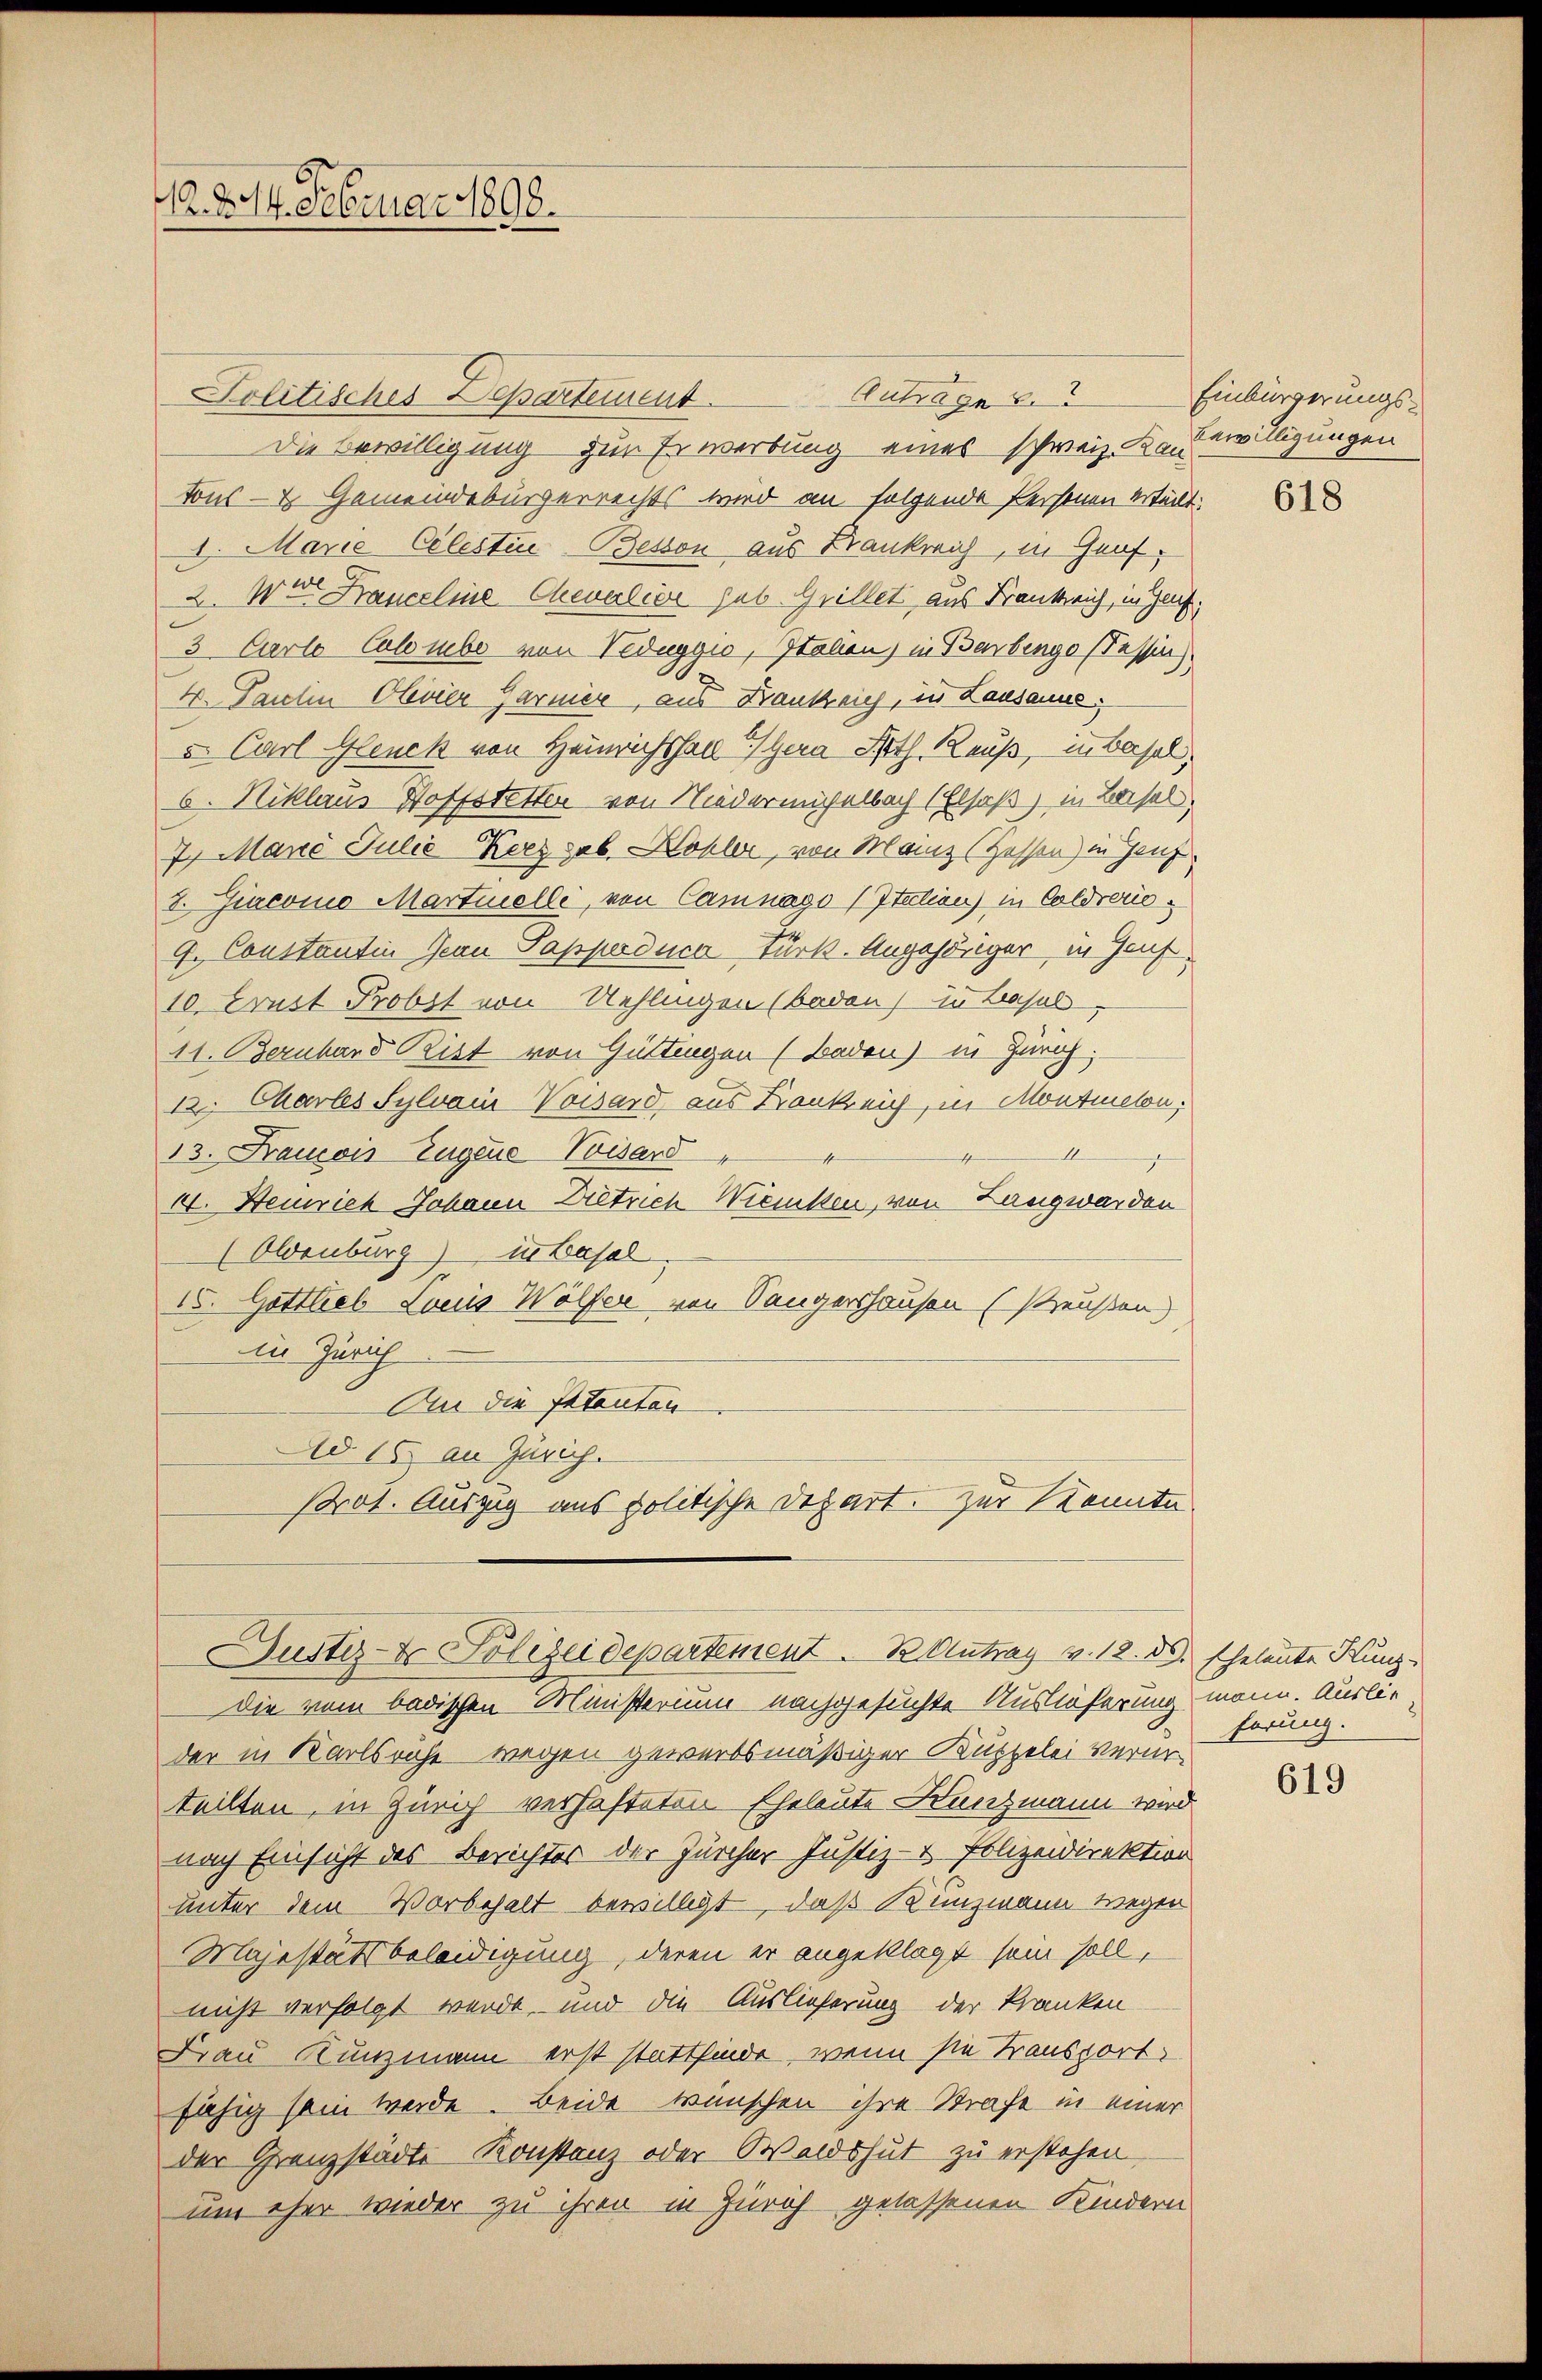
M. 214. Februar 1898.

Antrage
Politisches Departement
Die Bewilligung zur Erwerbung eines schweiz. Kr. Bewilligungen
tons- & Gemeindebürgerrechts wird an folgende Personen erteilt:
1. Marie Celestine Beston aus Krankreich, in Graf,
2. Wir Franceline Chevalier sub. Grillet aus Frankreich, in Gauf¬
3 Carlo Culorube von Veduggio, Staben) in Barbengo (Tessin)
4. Paulin Olevier Garner, aus Bankreich, in Lausanne.
v. Carl Glenck von Heinrichshall gern Noth. Reuß, in Basel,
6. Niklaus Hoffstetten von Nieder michelbach (Elsaß) in Basel
7. Manc Julie Kerez sub. Kohler, von Manz (Zessen) in Genz
I. Giacomo Martielli, von Camnago (Itation) in Coldverio¬
9. Constantin Jean Papperduen Türk. Angehöriger in Genf
10. Brust Probst von Uehlingen (Baden) in Basel,
11. Berubard Ritt von Güttingen (Baden) in Zürich.
12. Charles Sylvan Vorsard aus Konkreich, in Montmelon
1
13. Francois Eugene Visard
I. Henrich Johann Dietrich Wienissen, von Langwerden
(Oldenburg) in Basel
15. Gottlieb Louis Wölfer von Sängershausen (Preußen.
in Zürich
An die Patenten
Ad 15. an Zürich.
Prot. Auszug aus politische Depart. Zur Kennte

Die vom badischen Ministerium nachgesuchte Auslieferung mann. Auslie
der in Karlsruhe wegen gewerbsmäßiger Kuppelei Verurteilten, in Zürich verhafteten Eheleute Kunzmann wird
nach Einsicht des Berichtes der Zürcher Justiz- & Polizeidirektion
unter dem Vorbehalt bewilligt, daß Kunzmann wegen
Majestätsbeleidigung, deren er angeklagt sein soll,
nicht verfolgt werde, und die Auslieferung der kranken
Frau Kunzmann erst stattfinde, wenn sie Transport
fähig sein werde. Beide wünschen ihre Strafe in einer
der Grenzstädte Konstanz oder Waldshut zu erstehen,
um eher wieder zu ihren in Zürich gelassenen Kindern

Justiz- & Polizeidepartement. B. Antrag v. 18. ds. Eheleute Kunz,

Einbürgerungs¬

618

hörung.

619